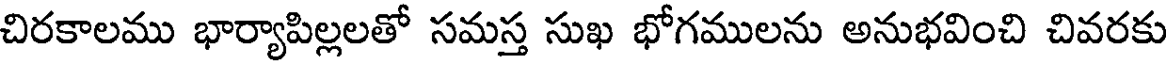
చిరకాలము భార్యాపిల్లలతో సమస్త సుఖ భోగములను అనుభవించి చివరకు